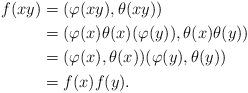
LaTeX: \begin{align*}f(xy) &=(\varphi(xy),\theta(xy))\\ &=(\varphi(x)\theta(x)(\varphi(y)),\theta(x)\theta(y))\\ &=(\varphi(x),\theta(x))(\varphi(y),\theta(y))\\ &=f(x)f(y).\end{align*}